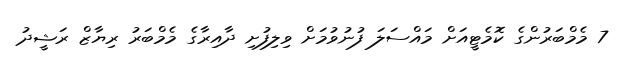
7 މެމްބަރުންގެ ކޮމެޓީއަށް މައްސަލަ ފުނުވުމަށް ވިލިފުށި ދާއިރާގެ މެމްބަރު ރިޔާޒް ރަޝީދު